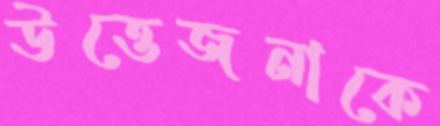
উত্তেজনাকে